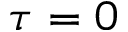
\tau = 0